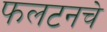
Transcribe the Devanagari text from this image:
फलटनचे